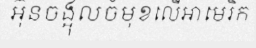
អ៊ុនចង្អុលចំមុខលើអាមេរិក